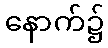
နောက်၌